Triennial report on the lunatic asylums in the province of Eastern Bengal and Assam - 1903-1911
Year: 1903
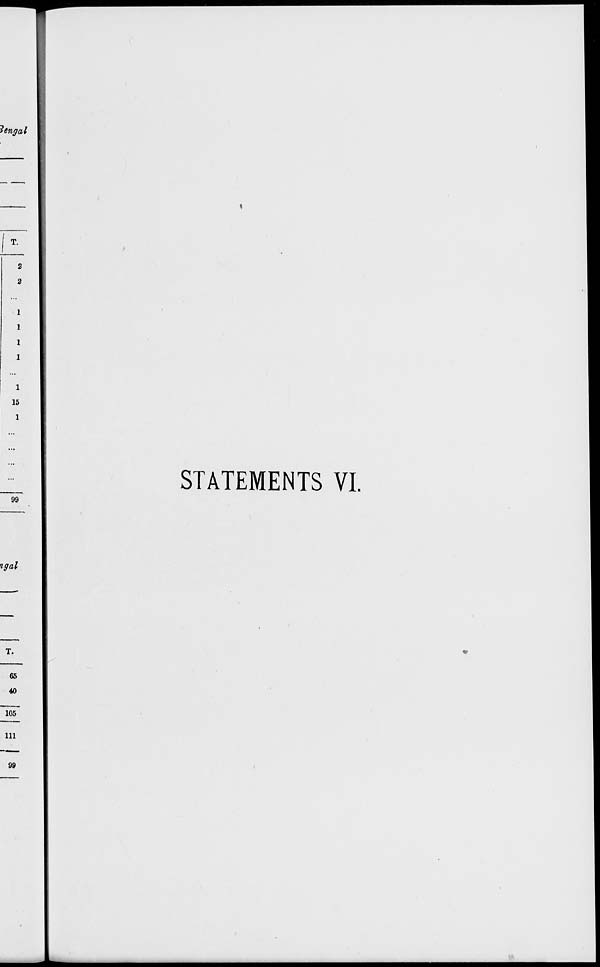
STATEMENTS VI.